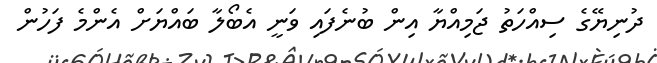
ދުނިޔޭގެ ސިއްހަތު ޖަމިއްޔާ އިން ބުނެފައި ވަނީ އެބޯލާ ބައްޔަށް އެންމެ ފަހުން